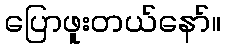
ပြောဖူးတယ်နော်။